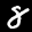
Label: 8